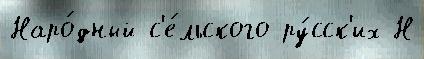
Наро́дный с'е́льского ру́сск'их Н